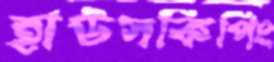
হাউসকিপিং